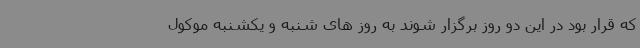
که قرار بود در این دو روز برگزار شوند به روز های شنبه و یکشنبه موکول